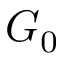
G _ { 0 }